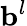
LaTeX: \mathbf{b}^{l}